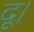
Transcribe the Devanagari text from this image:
दू।